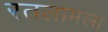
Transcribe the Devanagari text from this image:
रतलामला